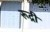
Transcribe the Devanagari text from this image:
रूद्री